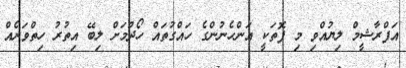
އަފްރާޝީމް ލިޔުއްވި މި ފޮތަކީ އަންހެނުންގެ ހައްގުތައް ހޯދުމަށް ލިބޭ އިތުރު ހިތްވަރެއް